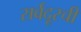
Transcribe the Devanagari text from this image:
सर्वदूरची